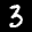
Label: 3